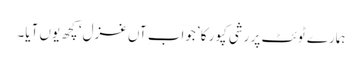
ہمارے ٹوئٹ پر رشی کپور کا ’جواب ِآں غزل‘ کچھ یوں آیا۔